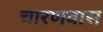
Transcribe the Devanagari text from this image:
चारणवास